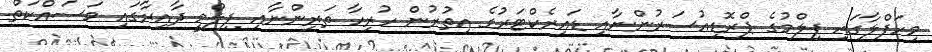
މިހަފްލާގައި ފިލްމުގެ ޕްރޮޑިއުސަރުންނާއި ޑައިރެކްޓަރުގެ އިތުރުން ހުރިހާ ތަރިންނާއި ފިލްމީ ދާއިރާގައި މަސައްކަތް